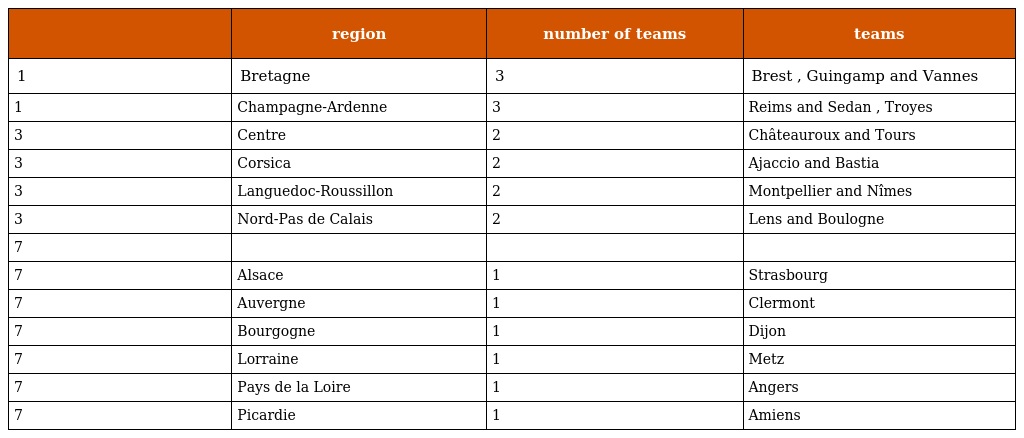
|  | region | number of teams | teams |
 | --- | --- | --- | --- |
 | 1 | Bretagne | 3 | Brest , Guingamp and Vannes |
 | 1 | Champagne-Ardenne | 3 | Reims and Sedan , Troyes |
 | 3 | Centre | 2 | Châteauroux and Tours |
 | 3 | Corsica | 2 | Ajaccio and Bastia |
 | 3 | Languedoc-Roussillon | 2 | Montpellier and Nîmes |
 | 3 | Nord-Pas de Calais | 2 | Lens and Boulogne |
 | 7 |  |  |  |
 | 7 | Alsace | 1 | Strasbourg |
 | 7 | Auvergne | 1 | Clermont |
 | 7 | Bourgogne | 1 | Dijon |
 | 7 | Lorraine | 1 | Metz |
 | 7 | Pays de la Loire | 1 | Angers |
 | 7 | Picardie | 1 | Amiens |